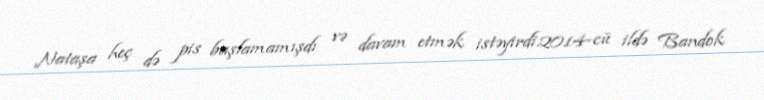
Nataşa heç də pis başlamamışdı və davam etmək istəyirdi.2014-cü ildə Bandok